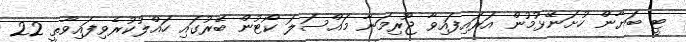
ޓީ ބަޔާން ހުށަނޭޅުމުން އަރައިފައިވާ ޖޫރިމަނާ މައްސަލަ ކޯޓުން ބޭރުގައި ހައްލުކުރެވިފައިވާތީ 22